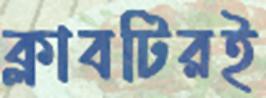
ক্লাবটিরই